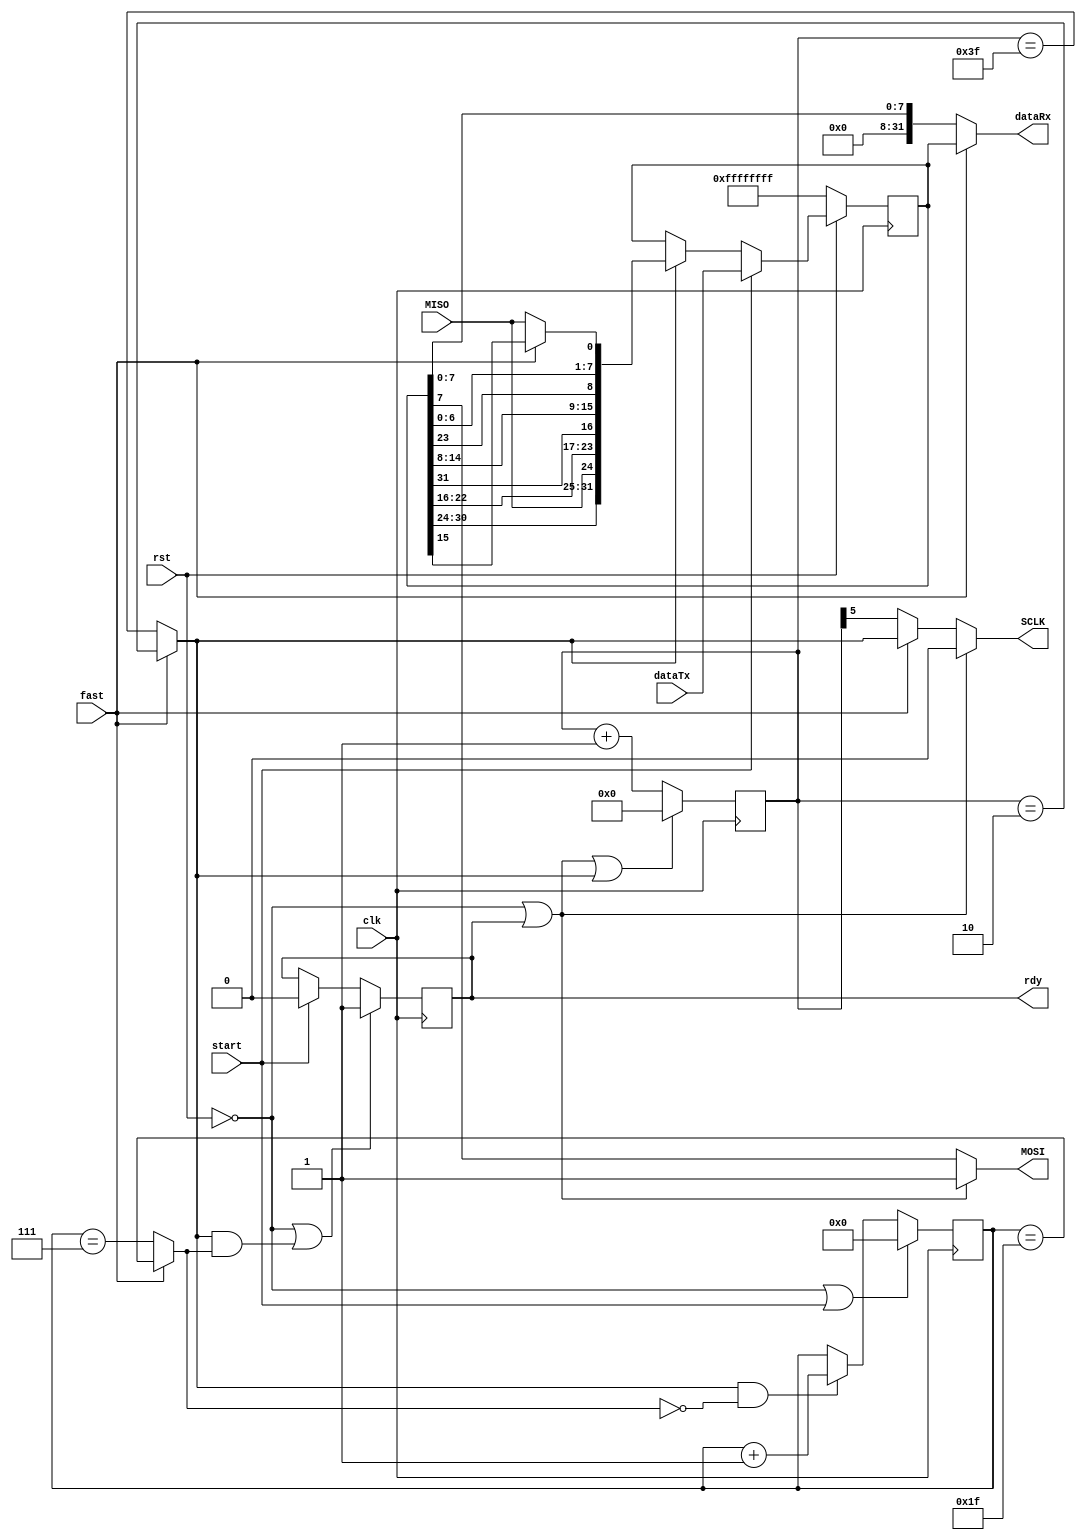
`timescale 1ns / 1ps

/*Project Oberon, Revised Edition 2013

Book copyright (C)2013 Niklaus Wirth and Juerg Gutknecht;
software copyright (C)2013 Niklaus Wirth (NW), Juerg Gutknecht (JG), Paul
Reed (PR/PDR).

Permission to use, copy, modify, and/or distribute this software and its
accompanying documentation (the "Software") for any purpose with or
without fee is hereby granted, provided that the above copyright notice
and this permission notice appear in all copies.

THE SOFTWARE IS PROVIDED "AS IS" AND THE AUTHORS DISCLAIM ALL WARRANTIES
WITH REGARD TO THE SOFTWARE, INCLUDING ALL IMPLIED WARRANTIES OF
MERCHANTABILITY, FITNESS AND NONINFRINGEMENT.  IN NO EVENT SHALL THE
AUTHORS BE LIABLE FOR ANY CLAIM, SPECIAL, DIRECT, INDIRECT, OR
CONSEQUENTIAL DAMAGES OR ANY DAMAGES OR LIABILITY WHATSOEVER, WHETHER IN
AN ACTION OF CONTRACT, TORT OR OTHERWISE, ARISING FROM, OUT OF OR IN
CONNECTION WITH THE DEALINGS IN OR USE OR PERFORMANCE OF THE SOFTWARE.*/

// Motorola Serial Peripheral Interface (SPI) PDR 23.3.12 / 16.10.13
// transmitter / receiver of words (fast, clk/3) or bytes (slow, clk/64)
// e.g 8.33MHz or ~400KHz respectively at 25MHz (slow needed for SD-card init)
// note: bytes are always MSbit first; but if fast, words are LSByte first

module SPI(
  input clk, rst,
  input start, fast,
  input [31:0] dataTx,
  output [31:0] dataRx,
  output reg rdy,
  input MISO, output MOSI, output SCLK);

wire endbit, endtick;
reg [31:0] shreg;
reg [5:0] tick;
reg [4:0] bitcnt;

assign endtick = fast ? (tick == 2) : (tick == 63);  //25MHz clk
assign endbit = fast ? (bitcnt == 31) : (bitcnt == 7);
assign dataRx = fast ? shreg : {24'b0, shreg[7:0]};
assign MOSI = (~rst | rdy) ? 1 : shreg[7];
assign SCLK = (~rst | rdy) ? 0 : fast ? endtick : tick[5];

always @ (posedge clk) begin
  tick <= (~rst | rdy | endtick) ? 0 : tick + 1;
  rdy <= (~rst | endtick & endbit) ? 1 : start ? 0 : rdy;
  bitcnt <= (~rst | start) ? 0 : (endtick & ~endbit) ? bitcnt + 1 : bitcnt;
  shreg <= ~rst ? -1 : start ? dataTx : endtick ?
    {shreg[30:24], MISO, shreg[22:16], shreg[31], shreg[14:8],
       shreg[23], shreg[6:0], (fast ? shreg[15] : MISO)} : shreg;
end

endmodule